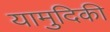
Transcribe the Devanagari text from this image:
यामुदिकी